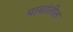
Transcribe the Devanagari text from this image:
पाचांतील